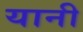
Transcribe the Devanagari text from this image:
यानी